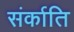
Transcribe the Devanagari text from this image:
संर्काति